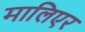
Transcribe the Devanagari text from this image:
मालिएर